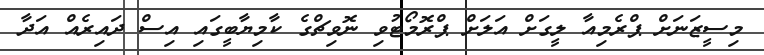
މިސީޒަނަށް ޕްރެމިއާ ލީގަށް އަލަށް ޕްރޮމޯޓުވި ނޮވިޗްގެ ކާމިޔާބީގައި އިސް ދައިރެއް އަދާ